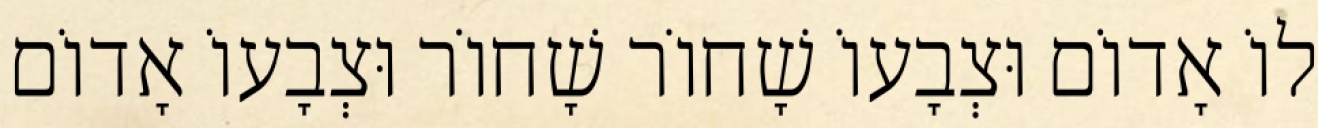
לוֹ אָדוֹם וּצְבָעוֹ שָׁחוֹר שָׁחוֹר וּצְבָעוֹ אָדוֹם